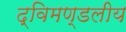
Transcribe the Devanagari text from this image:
द्विमण्डलीय